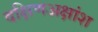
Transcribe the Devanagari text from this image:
दक्षिणअक्षांश